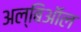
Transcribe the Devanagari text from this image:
अल्बिऑल